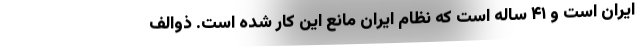
ایران است و ۴۱ ساله است که نظام ایران مانع این کار شده است. ذوالف